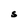
Character: S